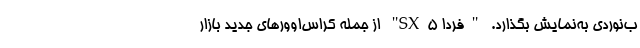
ب‌نوردی به‌نمایش بگذارد. "فردا SX5" از جمله کراس‌اوورهای جدید بازار